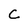
Character: C